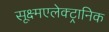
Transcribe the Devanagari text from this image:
सूक्ष्मएलेक्ट्रानिक